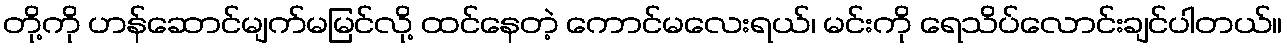
တို့ကို ဟန်ဆောင်မျက်မမြင်လို့ ထင်နေတဲ့ ကောင်မလေးရယ်၊ မင်းကို ရေသိပ်လောင်းချင်ပါတယ်။